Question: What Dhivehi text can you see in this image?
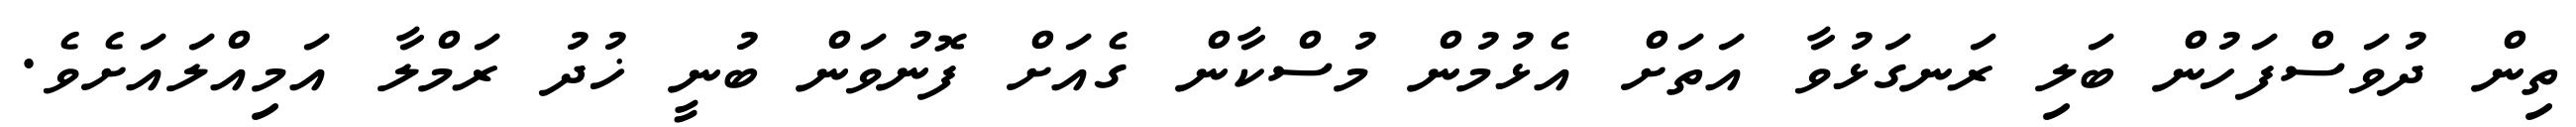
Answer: ތިން ދުވަސްފަހުން ބަލި ރަނގަޅުވާ އަތަށް އެޅުމުން މުސްކާން ގެއަށް ފޮނުވަން ބުނީ ޚުދު ރަމްލާ އަމިއްލައަށެވެ.